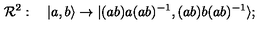
{ \cal R } ^ { 2 } : \quad | a , b \rangle \to | ( a b ) a ( a b ) ^ { - 1 } , ( a b ) b ( a b ) ^ { - 1 } \rangle ;